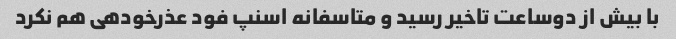
با بیش از دوساعت تاخیر رسید و متاسفانه اسنپ فود عذرخودهی هم نکرد